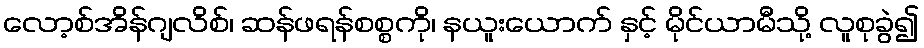
လော့စ်အိန်ဂျလိစ်၊ ဆန်ဖရန်စစ္စကို၊ နယူးယောက် နှင့် မိုင်ယာမီသို့ လူစုခွဲ၍